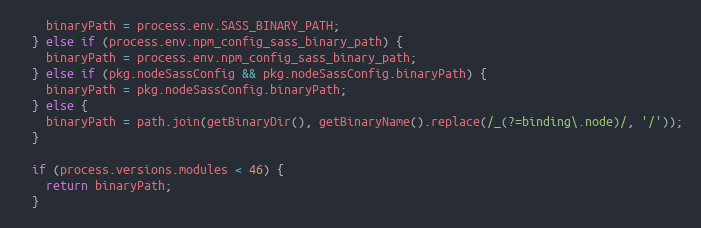
Language: JavaScript
    binaryPath = process.env.SASS_BINARY_PATH;
  } else if (process.env.npm_config_sass_binary_path) {
    binaryPath = process.env.npm_config_sass_binary_path;
  } else if (pkg.nodeSassConfig && pkg.nodeSassConfig.binaryPath) {
    binaryPath = pkg.nodeSassConfig.binaryPath;
  } else {
    binaryPath = path.join(getBinaryDir(), getBinaryName().replace(/_(?=binding\.node)/, '/'));
  }

  if (process.versions.modules < 46) {
    return binaryPath;
  }